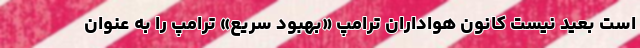
است بعید نیست کانون هواداران ترامپ «بهبود سریع» ترامپ را به عنوان